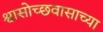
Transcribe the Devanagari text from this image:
श्वासोच्छवासाच्या